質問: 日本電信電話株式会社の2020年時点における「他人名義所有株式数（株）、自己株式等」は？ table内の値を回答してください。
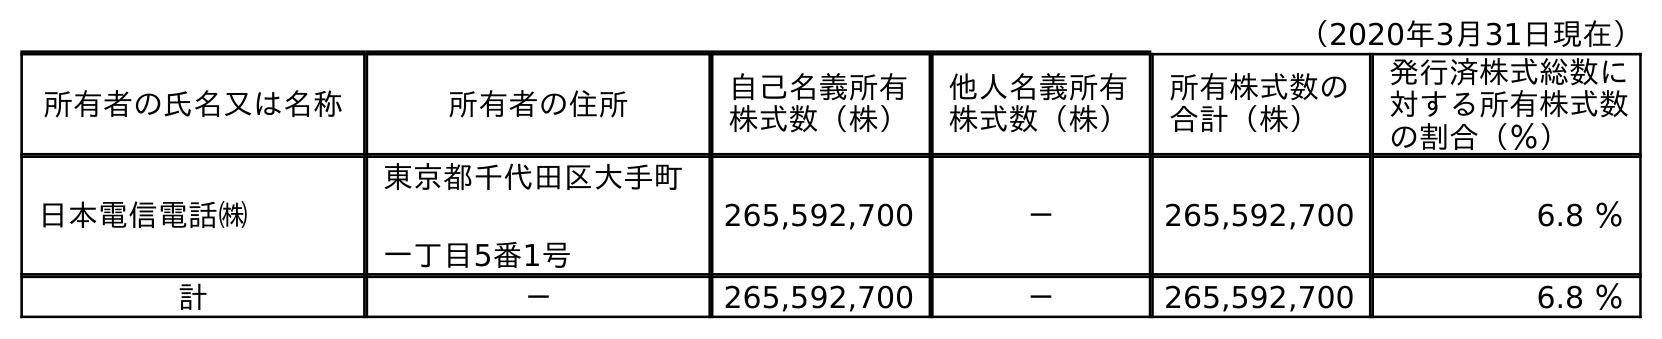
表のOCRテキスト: （2020年3月31日現在） 所有者の氏名又は名称 所有者の住所 自己名義所有 株式数（株） 他人名義所有 株式数（株） 所有株式数の 合計（株） 発行済株式総数に 対する所有株式数 の割合（％） 日本電信電話㈱ 東京都千代田区大手町 一丁目5番1号 265,592,700 － 265,592,700 6.8 ％ 計 － 265,592,700 － 265,592,700 6.8 ％
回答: －